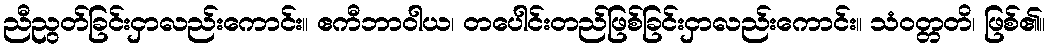
ညီညွတ်ခြင်းငှာလည်းကောင်း။ ဧကီဘာဝါယ၊ တပေါင်းတည်ဖြစ်ခြင်းငှာလည်းကောင်း။ သံဝတ္တတိ၊ ဖြစ်၏။